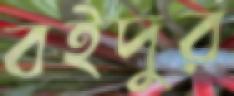
বইদুর